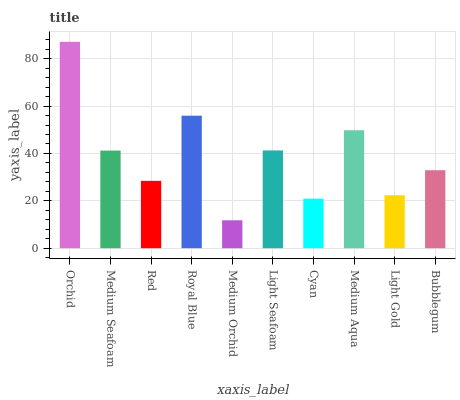
| xaxis_label | bars |
 | --- | --- |
 | Orchid | 87.1 |
 | Medium Seafoam | 41.2 |
 | Red | 28.4 |
 | Royal Blue | 56 |
 | Medium Orchid | 11.8 |
 | Light Seafoam | 41.3 |
 | Cyan | 20.9 |
 | Medium Aqua | 49.8 |
 | Light Gold | 22.4 |
 | Bubblegum | 32.9 |